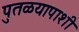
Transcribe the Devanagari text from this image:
पुतळयापाशी